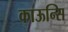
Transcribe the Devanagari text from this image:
काऊन्सि